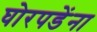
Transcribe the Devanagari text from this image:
घोरपडेंना